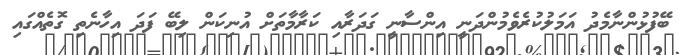
ބޭފުޅުންނާމެދު އަމަލުކުރެވެމުންދަނީ އިންސާނީ ގަދަރާއި ކަރާމާތަށް އުނިކަން ލިބޭ ފަދަ އިހާނެތި ގޮތެއްގައި